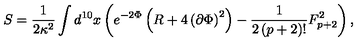
S = \frac { 1 } { 2 \kappa ^ { 2 } } \int d ^ { 1 0 } x \left( e ^ { - 2 \Phi } \left( R + 4 \left( \partial \Phi \right) ^ { 2 } \right) - \frac { 1 } { 2 \left( p + 2 \right) ! } F _ { p + 2 } ^ { 2 } \right) ,